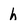
Character: h